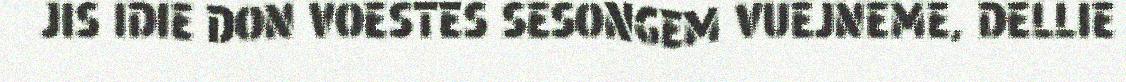
JIS IDIE DON VOESTES SESONGEM VUEJNEME, DELLIE